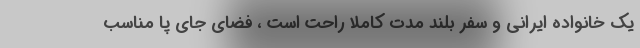
یک خانواده ایرانی و سفر بلند مدت کاملا راحت است ، فضای جای پا مناسب